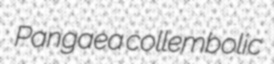
Pangaea collembolic